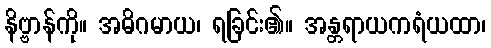
နိဗ္ဗာန်ကို။ အဓိဂမာယ၊ ရခြင်း၏။ အန္တရာယကရံယထာ၊